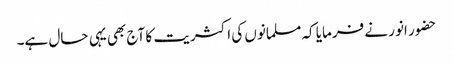
حضور انور نے فرمایا کہ مسلمانوں کی اکثریت کا آج بھی یہی حال ہے۔